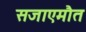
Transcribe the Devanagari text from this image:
सजाएमौत